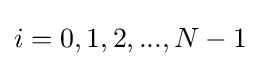
i=0,1,2,...,N-1